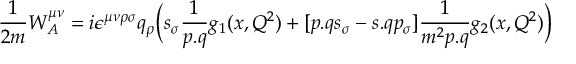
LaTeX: { \frac { 1 } { 2 m } } W _ { A } ^ { \mu \nu } = i \epsilon ^ { \mu \nu \rho \sigma } q _ { \rho } \biggl ( s _ { \sigma } { \frac { 1 } { p . q } } g _ { 1 } ( x , Q ^ { 2 } ) + [ p . q s _ { \sigma } - s . q p _ { \sigma } ] { \frac { 1 } { m ^ { 2 } p . q } } g _ { 2 } ( x , Q ^ { 2 } ) \biggr )